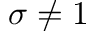
\sigma \neq 1